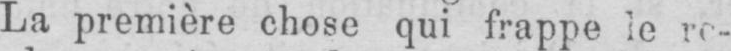
La première chose qui frappe le re-